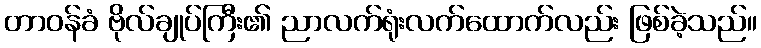
တာဝန်ခံ ဗိုလ်ချုပ်ကြီး၏ ညာလက်ရုံးလက်ထောက်လည်း ဖြစ်ခဲ့သည်။